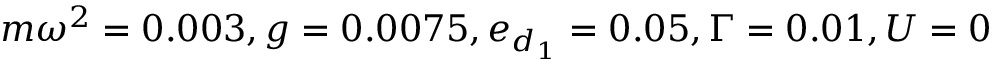
m \omega ^ { 2 } = 0 . 0 0 3 , g = 0 . 0 0 7 5 , e _ { d _ { 1 } } = 0 . 0 5 , \Gamma = 0 . 0 1 , U = 0